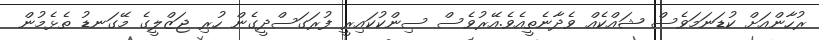
ރުހާންއަށް ކުޑަނަމަވެސް ޝައްކެއް ވެދާނެތީއެވެ.އޭރުވެސް ސިންކުކައިރީ ފުރަގަސްދީގެން ހުރި ޖަޒްލީގެ މޭގަނޑު ތެޅެމުން